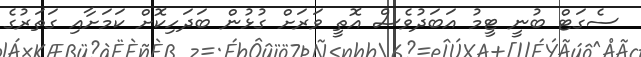
ސެގަޓް ބުނީ ޓީމު އަބަދުވެސް އޮތީ ވަރަށް ގުޅުން ބަދަހިކޮށް ކަމަށާއި ގަތަރުގެ